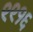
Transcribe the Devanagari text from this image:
९९१६